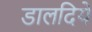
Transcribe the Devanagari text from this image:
डालदिये